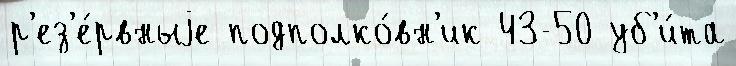
р'ез'е́рвныjе подполко́вн'ик 43-50 уб'и́та